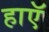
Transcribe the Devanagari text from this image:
हाएॅ